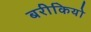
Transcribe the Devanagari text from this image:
बरीकियो